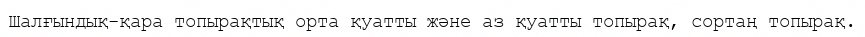
Шалғындық-қара топырақтық орта қуатты және аз қуатты топырақ, сортаң топырақ.